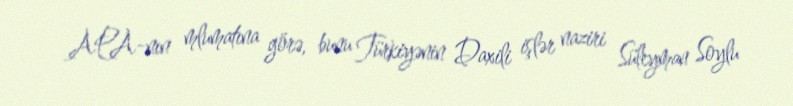
APA-nın mlumatına görə, bunu Türkiyənin Daxili işlər naziri Süleyman Soylu